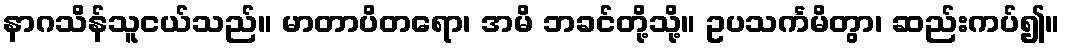
နာဂသိန်သူငယ်သည်။ မာတာပိတရော၊ အမိ ဘခင်တို့သို့။ ဥပသင်္ကမိတွာ၊ ဆည်းကပ်၍။